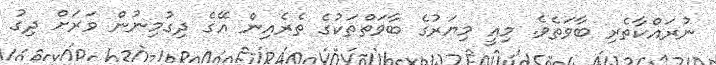
ނުރައްކާތެރި ބާވަތެވެ. މިއީ މިޔަރުގެ ބާވަތްތަކުގެ ތެރެއިން އޭގެ ދިގުމިނުން ވަރަށް ދިގު